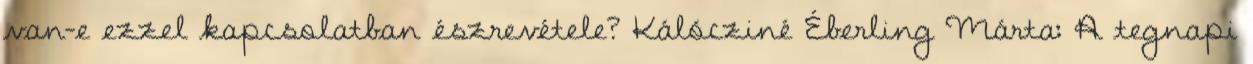
van-e ezzel kapcsolatban észrevétele? Kálócziné Éberling Márta: A tegnapi